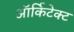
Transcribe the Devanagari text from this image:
ऑर्किटेक्ट